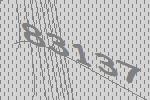
83137